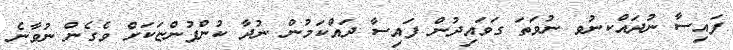
ފައިސާ ނުދައްކނުވ ނުވަތަ ގަވައިދުން ފައިސާ ދައްކަމުން ނުދާ ކުންފުންޏަކަށް ވެގެން ނުވާނެ